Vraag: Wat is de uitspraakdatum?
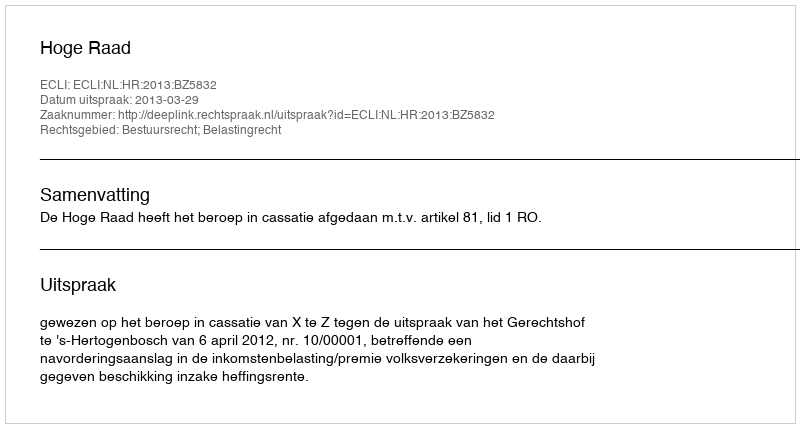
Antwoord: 2013-03-29